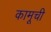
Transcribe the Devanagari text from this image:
कामूची